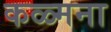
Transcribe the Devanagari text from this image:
कळ्मना